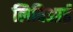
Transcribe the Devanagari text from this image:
लिबिआई